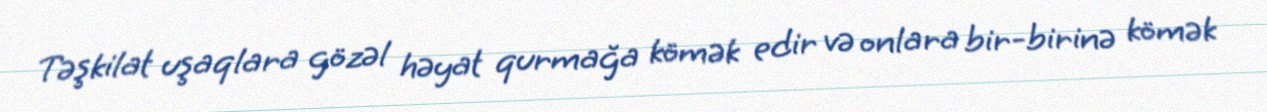
Təşkilat uşaqlara gözəl həyat qurmağa kömək edir və onlara bir-birinə kömək